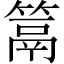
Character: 䈪